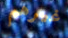
غيرهم